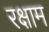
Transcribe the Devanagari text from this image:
रक्षाम